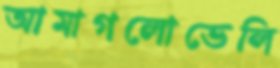
আমাগলোভেলি